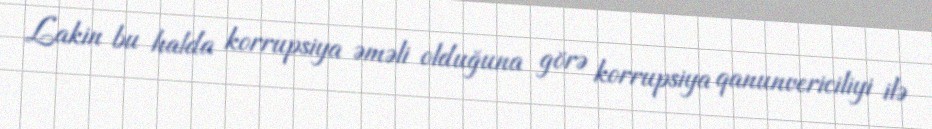
Lakin bu halda korrupsiya əməli olduğuna görə korrupsiya qanunvericiliyi ilə